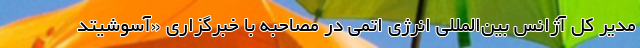
مدیر کل آژانس بین‌المللی انرژی اتمی در مصاحبه با خبرگزاری «آسوشیتد